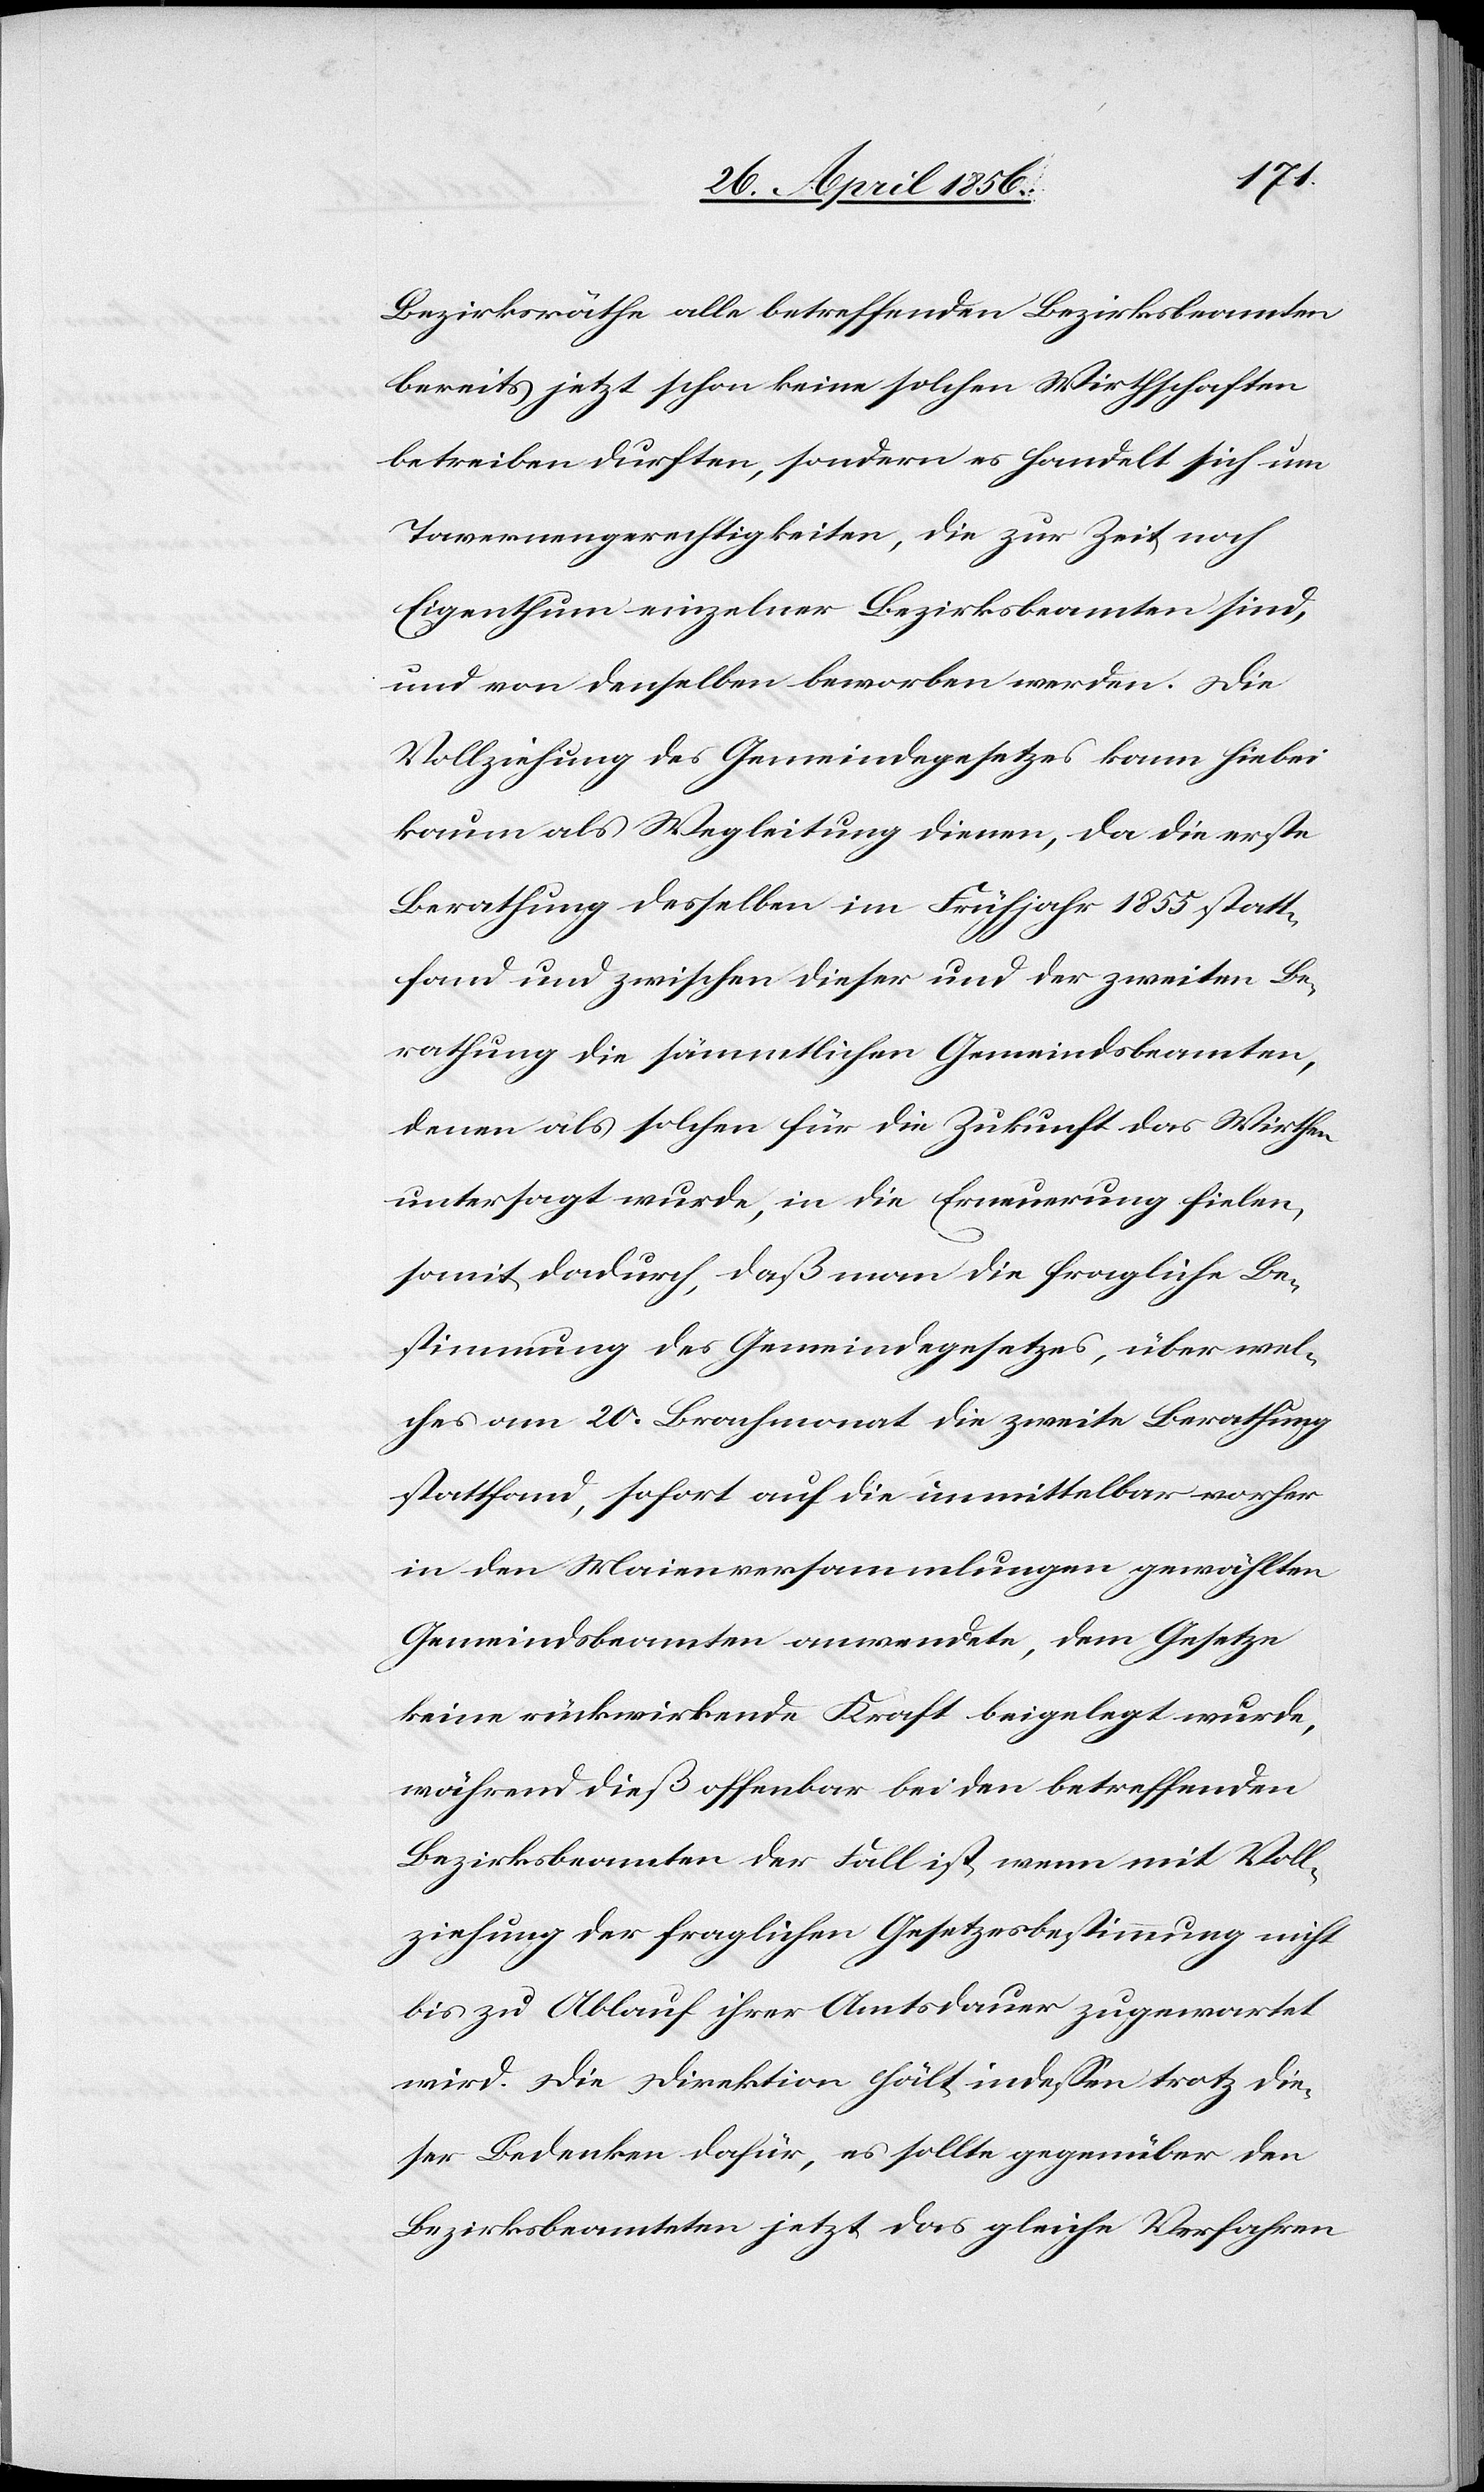
Bezirksräthe alle betreffenden Bezirksbeamten
bereits jetzt schon keine solchen Wirthschaften
betreiben durften, sondern es handelt sich um
Tavernengerechtigkeiten, die zur Zeit noch
Eigenthum einzelner Bezirksbeamteten sind,
und von denselben beworben werden. Die
Vollziehung des Gemeindegesetzes kann hiebei
kaum als Wegleitung dienen, da die erste
Berathung desselben im Frühjahr 1855 statt¬
fand und zwischen dieser und der zweiten Be¬
rathung die sämmtlichen Gemeindsbeamten,
denen als solchen für die Zukunft das Wirthen
untersagt wurde, in die Erneuerung fielen,
somit dadurch, daß man die fragliche Be¬
stimmung des Gemeindegesetzes, über wel¬
ches am 20. Brachmonat die zweite Berathung
stattfand, sofort auf die unmittelbar vorher
in den Maienversammlungen gewählten
Gemeindsbeamten anwendete, dem Gesetze
keine rückwirkende Kraft beigelegt wurde,
während dieß offenbar bei den betreffenden
Bezirksbeamten der Fall ist, wenn mit Voll¬
ziehung der fraglichen Gesetzesbestimmung nicht
bis zu Ablauf ihrer Amtsdauer zugewartet
wird. Die Direktion hält indessen trotz die¬
ser Bedenken dafür, es sollte gegenüber den
Bezirksbeamteten jetzt das gleiche Verfahren